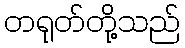
တရုတ်တို့သည်